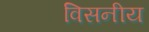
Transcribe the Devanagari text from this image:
विसनीय